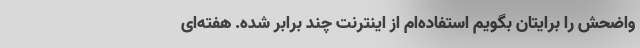
واضحش را برایتان بگویم استفاده‌ام از اینترنت چند برابر شده. هفته‌ای